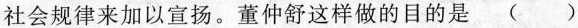
社会规律来加以宣扬。董仲舒这样做的目的是()